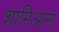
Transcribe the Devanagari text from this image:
शामिआना